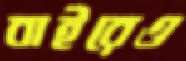
বাইরেও